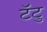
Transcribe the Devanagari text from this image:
टॅटु